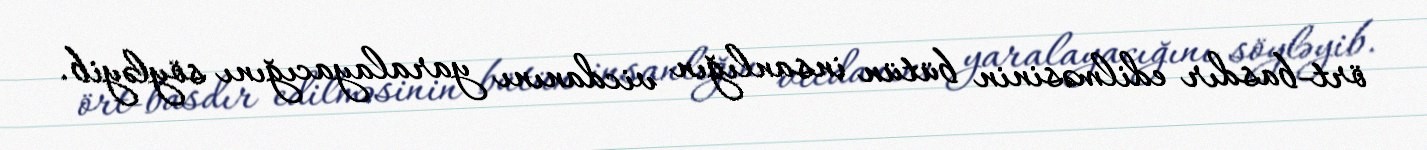
ört-basdır edilməsinin bütün insanlığın vicdanını yaralayacığını söyləyib.